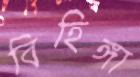
বিহিঙ্গা